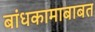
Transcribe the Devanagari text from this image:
बांधकामाबाबत